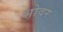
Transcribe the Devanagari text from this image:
शोवर